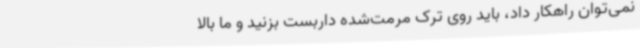
نمی‌توان راهکار داد، باید روی ترک مرمت‌شده داربست بزنید و ما بالا